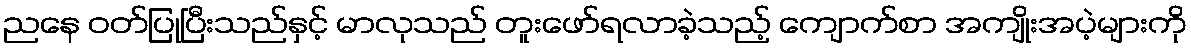
ညနေ ဝတ်ပြုပြီးသည်နှင့် မာလုသည် တူးဖော်ရလာခဲ့သည့် ကျောက်စာ အကျိုးအပဲ့များကို